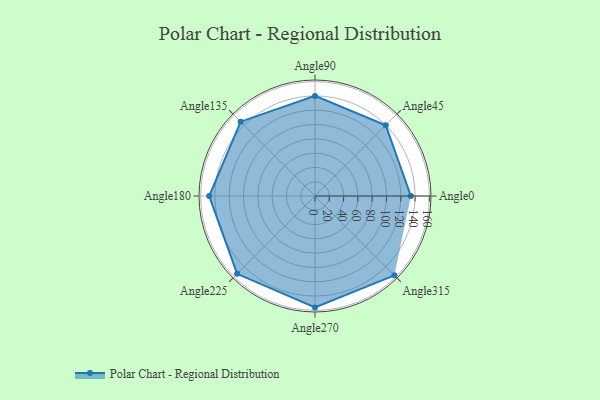
{"axis": {"x": "Angle", "y": "Radius"}, "legend": [""], "data": [{"x": "Angle0", "y": 134.0, "type": ""}, {"x": "Angle45", "y": 140.0, "type": ""}, {"x": "Angle90", "y": 140.0, "type": ""}, {"x": "Angle135", "y": 147.0, "type": ""}, {"x": "Angle180", "y": 148.0, "type": ""}, {"x": "Angle225", "y": 154.0, "type": ""}, {"x": "Angle270", "y": 156.0, "type": ""}, {"x": "Angle315", "y": 157.0, "type": ""}]}